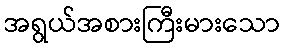
အရွယ်အစားကြီးမားသော